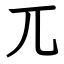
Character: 兀